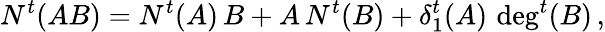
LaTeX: N^{t}(AB)=N^{t}(A)\, B+A\, N^{t}(B)+\delta_{1}^{t}(A)\, \deg^{t}(B)\, ,